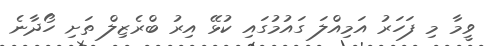
ވީމާ މި ފަހަރު އަމިއްލަ ގައުމުގައި ކުޅޭ އިރު ބްރެޒިލް ތަށި ހޯދާނެ